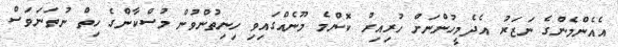
އެއެންމެންގެ ނަޒަރު އެދެމީހުންނަށް ހުރިއިރު ކޮންމެ މޫނެއްގައިވި ހިނިތުންވުން މުސްކާންގެ ހިތް ނުތަނަވަސް